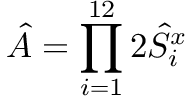
\hat { A } = \prod _ { i = 1 } ^ { 1 2 } 2 \hat { S } _ { i } ^ { x }